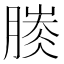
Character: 𣎐